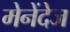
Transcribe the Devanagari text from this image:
मेनेंदेज